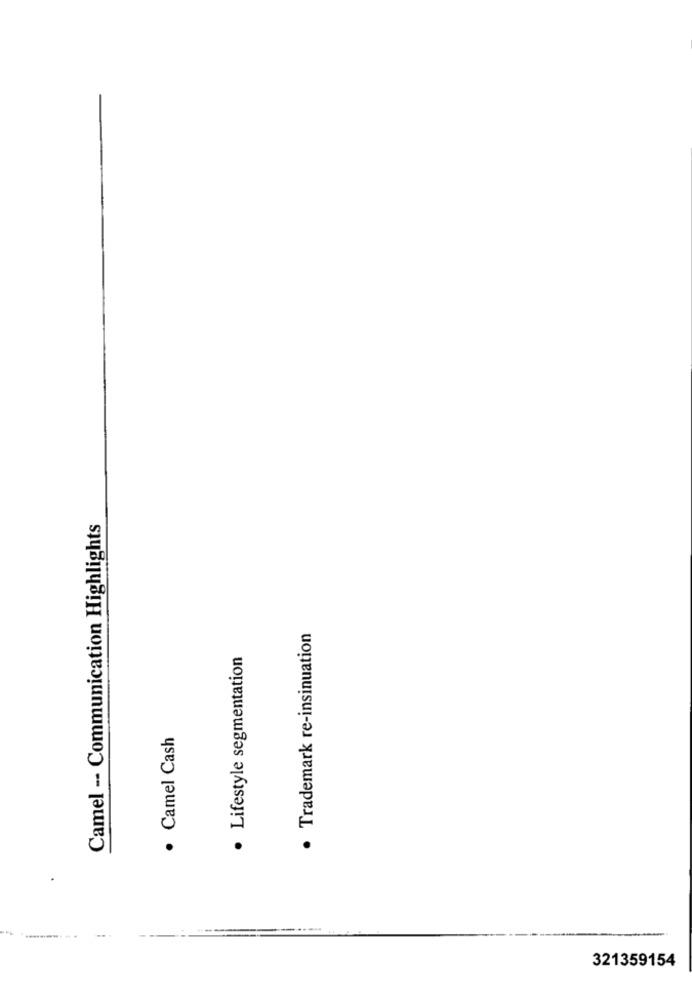
Camel -- Communication Highlights
· Trademark re-insinuation
· Lifestyle segmentation
· Camel Cash
321359154